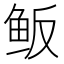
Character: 𱇖